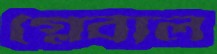
গ্লেবাল